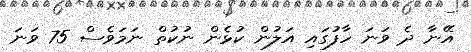
އޭނާ ދެ ވަނަ ހާފުގައި އަލުން ކުޅެން ނުކުތް ނަމަވެސް 75 ވަނަ